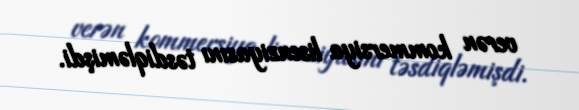
verən kommersiya lisenziyasını təsdiqləmişdi.